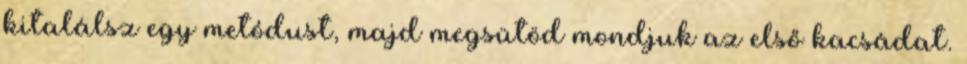
kitalálsz egy metódust, majd megsütöd mondjuk az első kacsádat.